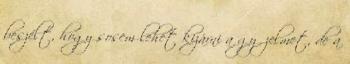
beszélt, hogy sosem lehet kizárni a győzelmet, de a